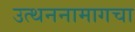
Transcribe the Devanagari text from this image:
उत्थननामागचा